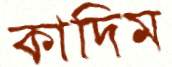
কাদিম